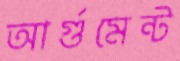
আর্গুমেন্ট